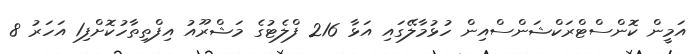
އަމީން ކޮންސްޓްރަކްޝަންސްއިން ހުޅުމާލޭގައި އަޅާ 216 ފްލެޓުގެ މަޝްރޫއު އިފްތިތާހުކޮށްފި1 އަހަރު 8